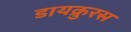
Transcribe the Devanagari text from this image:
डायक्रुरस